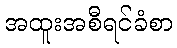
အထူးအစီရင်ခံစာ